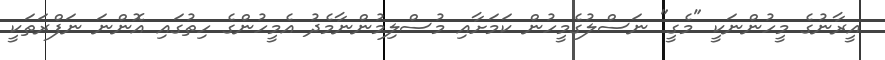
އީރާނުގެ މީހުންނަކީ "މެގީ" ނަސްލުގެމީހުން ކަމަށާއި މުސްލިމުންނާމެދު އެމީހުންގެ ހިތުގައި އޮންނަ ނަފްރަތަކީ